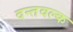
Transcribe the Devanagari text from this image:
दन्तवल्क